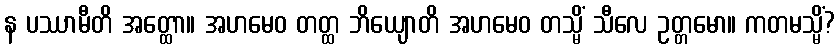
န ပဿာမီတိ အတ္ထော။ အဟမေဝ တတ္ထ ဘိယျောတိ အဟမေဝ တသ္မိံ သီလေ ဥတ္တမော။ ကတမသ္မိံ?